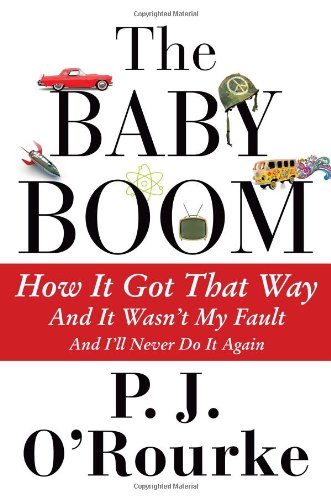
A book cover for The Baby Boom: How It Got That Way (And It WasnEEt My Fault) (And IEEll Never Do It Again); P. J. O'Rourke; Humor & Entertainment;